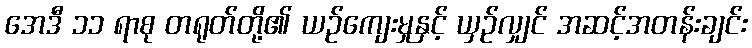
အေဒီ ၁၁ ရာစု တရုတ်တို့၏ ယဉ်ကျေးမှုနှင့် ယှဉ်လျှင် အဆင့်အတန်းချင်း